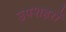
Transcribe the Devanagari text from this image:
उपशहरों